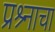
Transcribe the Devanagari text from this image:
प्रश्र्नाचा